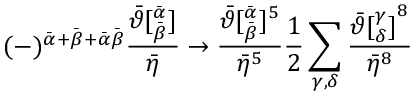
( - ) ^ { { \bar { \alpha } } + { \bar { \beta } } + \bar { \alpha } \bar { \beta } } \frac { { \bar { \vartheta } } [ _ { \bar { \beta } } ^ { \bar { \alpha } } ] } { { \bar { \eta } } } \rightarrow \frac { { \bar { \vartheta } } [ _ { \bar { \beta } } ^ { \bar { \alpha } } ] ^ { 5 } } { { \bar { \eta } } ^ { 5 } } { \frac { 1 } { 2 } } \sum _ { \gamma , \delta } \frac { { \bar { \vartheta } [ _ { \delta } ^ { \gamma } ] } ^ { 8 } } { { \bar { \eta } } ^ { 8 } }